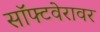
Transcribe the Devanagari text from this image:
सॉफ्टवेरावर